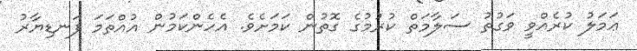
ޢަމަލު ކުރެއްވީ ވަގުތު ސަލާމަތް ކުރުމުގެ ގޮތުން ކަމަށެވެ. އެހެންކަމުން އުއްތަމަ ފަނޑިޔާރު